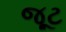
જૂટ